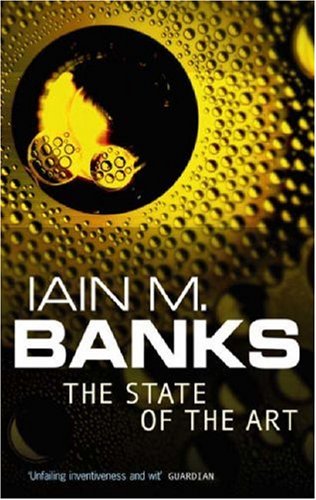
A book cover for State of the Art; Ian Banks; Science Fiction & Fantasy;